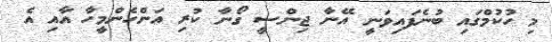
މި ހުކުމްގައި ބުނެފައިވަނީ އޭނާ ޖިންސީ ގޯނާ ކުރި އަންހެންމީހާ އާއި އެ